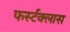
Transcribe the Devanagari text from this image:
फर्स्टक्लास